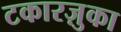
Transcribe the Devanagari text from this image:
टकारज़ुका